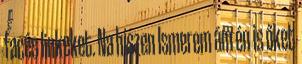
facés linkeket. Na hiszen Ismerem ám én is őket